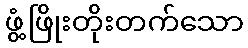
ဖွံ့ဖြိုးတိုးတက်သော